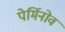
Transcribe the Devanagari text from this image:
पेर्मिनोव